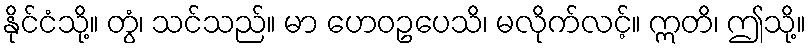
နိုင်ငံသို့။ တွံ၊ သင်သည်။ မာ ဟေဝဥပေသိ၊ မလိုက်လင့်။ ဣတိ၊ ဤသို့။